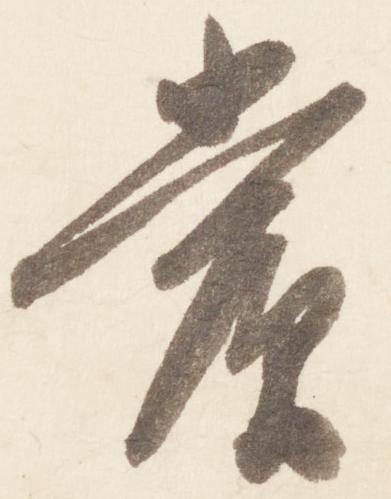
賞